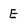
Character: E